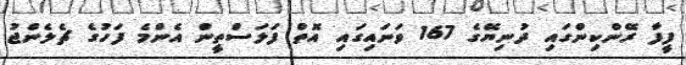
ފީފާ ރޭންކިންގައި ދުނިޔޭގެ 167 ވަނައިގައި އޮތް ފަލަސްތީން އެންމެ ފަހުގެ ޗެލެންޖު